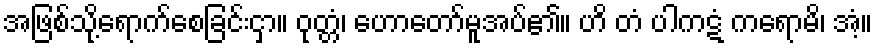
အဖြစ်သို့ရောက်စေခြင်းငှာ။ ဝုတ္တံ၊ ဟောတော်မူအပ်၏။ ဟိ တံ ပါကဋံ ကရောမိ၊ အံ့။